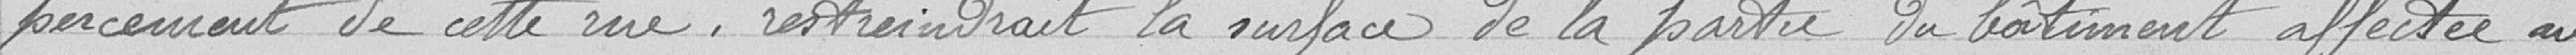
percement de cette rue restreindrait la surface de la partie du bâtiment affectée au